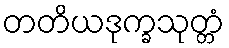
တတိယဒုက္ခသုတ္တံ